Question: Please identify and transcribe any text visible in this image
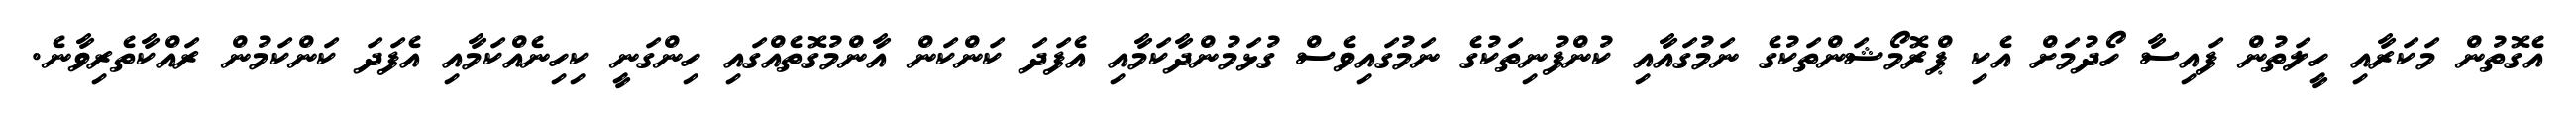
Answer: އެގޮތުން މަކަރާއި ހީލަތުން ފައިސާ ހޯދުމަށް އެކި ޕްރޮމޯޝަންތަކުގެ ނަމުގައާއި ކުންފުނިތަކުގެ ނަމުގައިވެސް ގުޅަމުންދާކަމާއި އެފަދަ ކަންކަން އާންމުގޮތެއްގައި ހިންގަނީ ކިހިނެއްކަމާއި އެފަދަ ކަންކަމުން ރައްކާތެރިވާނެ.